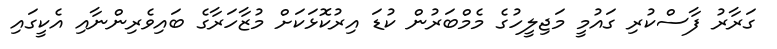
ގަރާރު ފާސްކުރި ގައުމީ މަޖިލީހުގެ މެމްބަރުން ކުޑަ އިރުކޮޅަކަށް މުޒާހަރާގެ ބައިވެރިންނާއި އެކީގައި